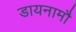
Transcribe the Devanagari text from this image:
डायनामौ